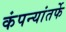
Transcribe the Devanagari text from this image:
कंपन्यांतर्फे